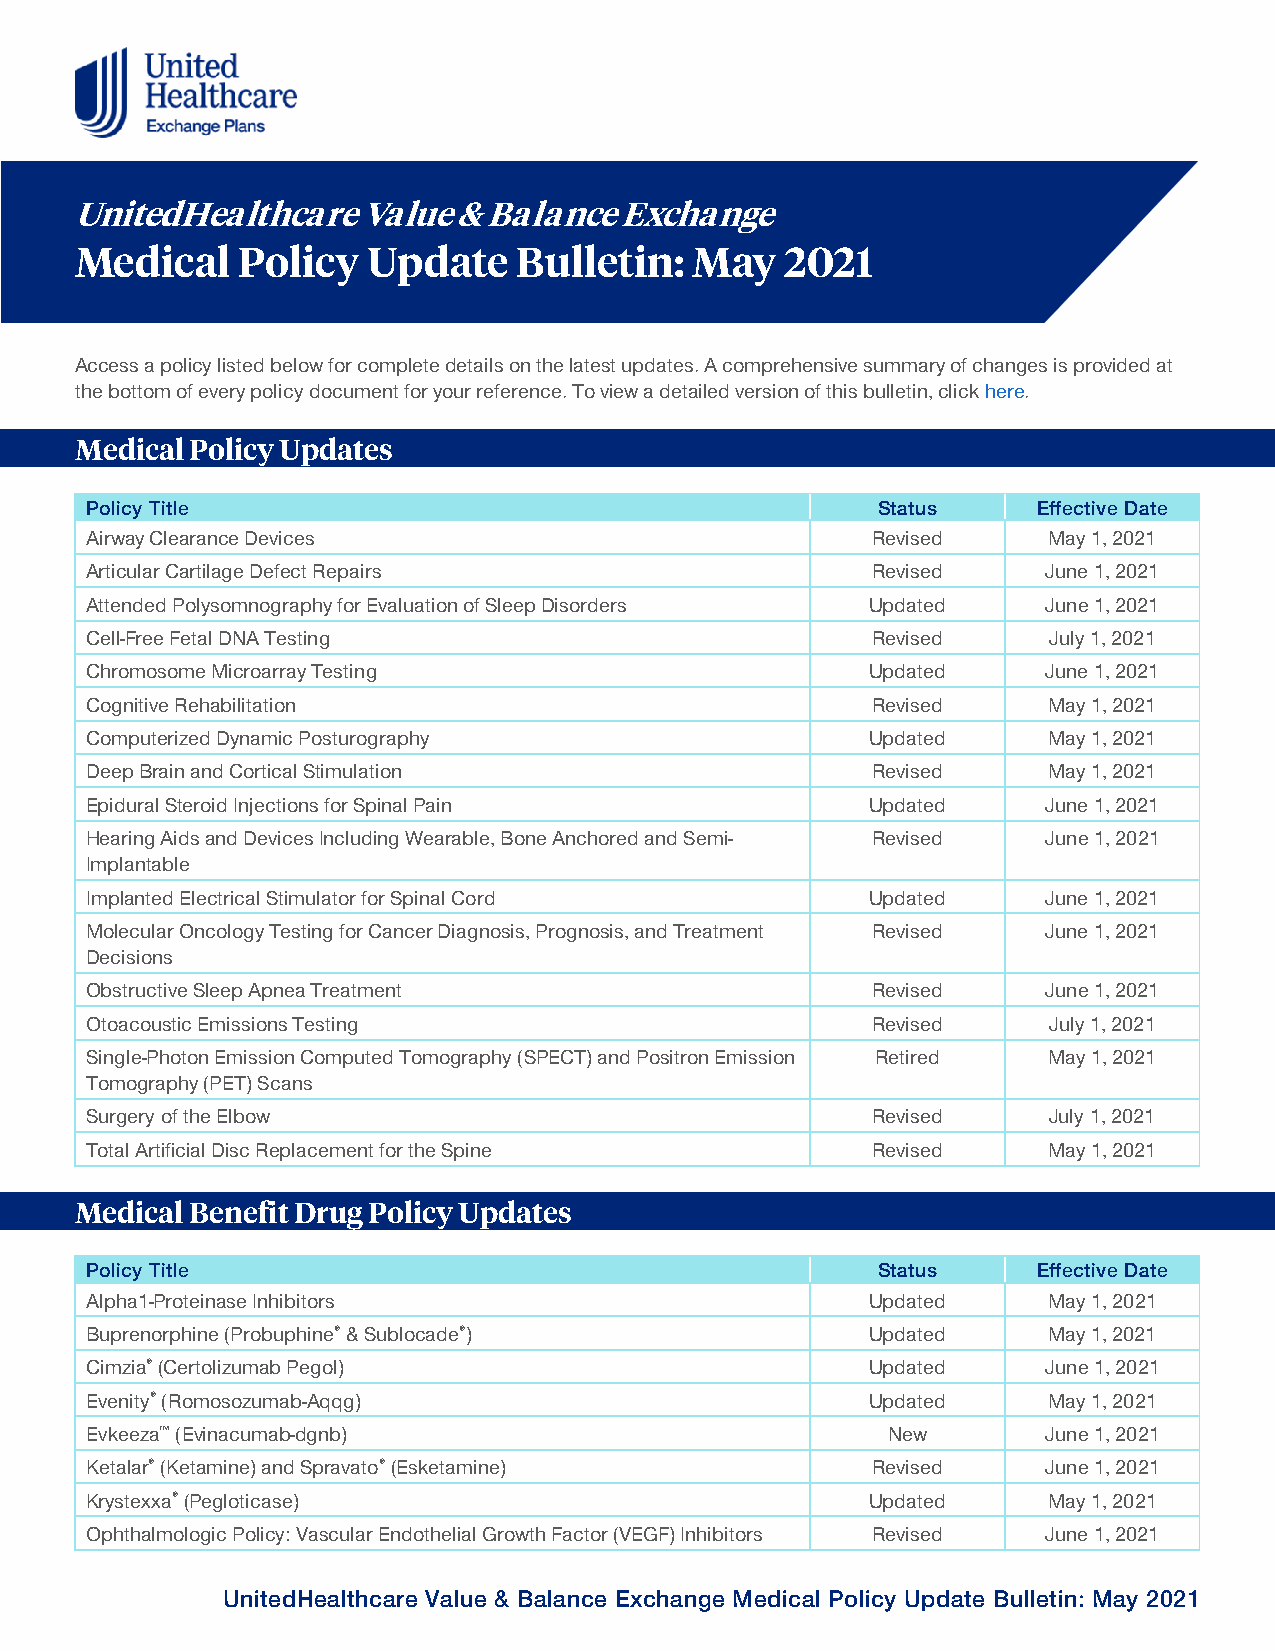
UnitedHealthcare   Value & Balance  Exchange
 Medical    Policy  Update    Bulletin:   May   2021
 Access a policy listed below for complete details on the latest updates. A comprehensive summary of changes is provided at
 the bottom of every policy document for your reference. To view a detailed version of this bulletin, click here.
 Medical Policy Updates
 Policy Title                                        Status     Effective Date
 Airway Clearance Devices                            Revised    May 1, 2021
 Articular Cartilage Defect Repairs                  Revised    June 1, 2021
 Attended Polysomnography for Evaluation of Sleep Disorders Updated June 1, 2021
 Cell-Free Fetal DNA Testing                         Revised    July 1, 2021
 Chromosome Microarray Testing                       Updated    June 1, 2021
 Cognitive Rehabilitation                            Revised    May 1, 2021
 Computerized Dynamic Posturography                  Updated    May 1, 2021
 Deep Brain and Cortical Stimulation                 Revised    May 1, 2021
 Epidural Steroid Injections for Spinal Pain         Updated    June 1, 2021
 Hearing Aids and Devices Including Wearable, Bone Anchored and Semi- Revised June 1, 2021
 Implantable
 Implanted Electrical Stimulator for Spinal Cord     Updated    June 1, 2021
 Molecular Oncology Testing for Cancer Diagnosis, Prognosis, and Treatment Revised June 1, 2021
 Decisions
 Obstructive Sleep Apnea Treatment                   Revised    June 1, 2021
 Otoacoustic Emissions Testing                       Revised    July 1, 2021
 Single-Photon Emission Computed Tomography (SPECT) and Positron Emission Retired May 1, 2021
 Tomography (PET) Scans
 Surgery of the Elbow                                Revised    July 1, 2021
 Total Artificial Disc Replacement for the Spine     Revised    May 1, 2021
 Medical Benefit Drug Policy Updates
 Policy Title                                        Status     Effective Date
 Alpha1-Proteinase Inhibitors                        Updated    May 1, 2021
 Buprenorphine (Probuphine® & Sublocade®)            Updated    May 1, 2021
 Cimzia® (Certolizumab Pegol)                        Updated    June 1, 2021
 Evenity® (Romosozumab-Aqqg)                         Updated    May 1, 2021
 Evkeeza™ (Evinacumab-dgnb)                           New       June 1, 2021
 Ketalar® (Ketamine) and Spravato® (Esketamine)      Revised    June 1, 2021
 Krystexxa® (Pegloticase)                            Updated    May 1, 2021
 Ophthalmologic Policy: Vascular Endothelial Growth Factor (VEGF) Inhibitors Revised June 1, 2021
 UnitedHealthcare Value & Balance Exchange Medical Policy Update Bulletin: May 2021